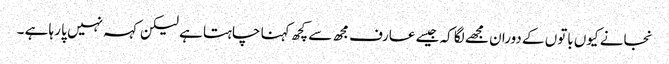
نجانے کیوں باتوں کے دوران مجھے لگا کہ جیسے عارف مجھ سے کچھ کہنا چاہتا ہے لیکن کہہ نہیں پا رہا ہے ۔